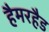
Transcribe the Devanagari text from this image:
हैमरहैड